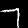
Digit: 7